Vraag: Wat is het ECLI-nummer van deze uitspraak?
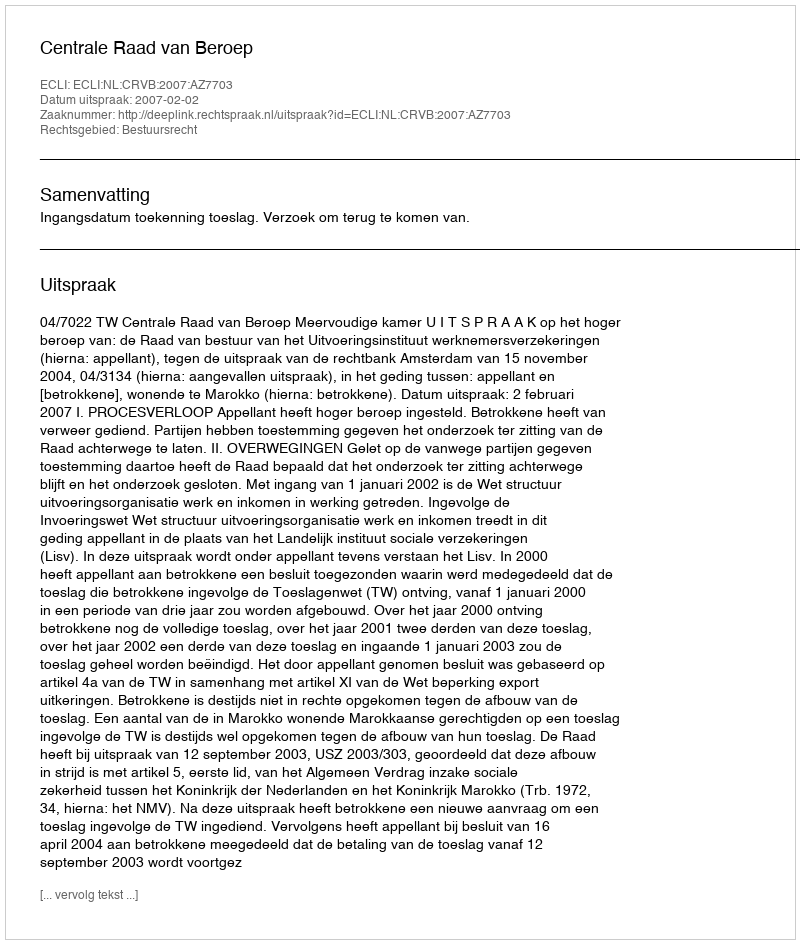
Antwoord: ECLI:NL:CRVB:2007:AZ7703